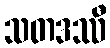
သတဒဿီ